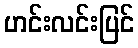
ဟင်းလင်းပြင်